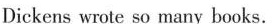
Dickens wrote so many books.